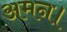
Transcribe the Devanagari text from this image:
अमन।